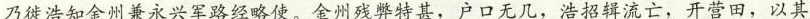
乃徙浩知金州兼永兴军路经略使。金州残弊特甚，户口无几，浩招辑流亡，开营田，以其